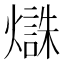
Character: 𱬜